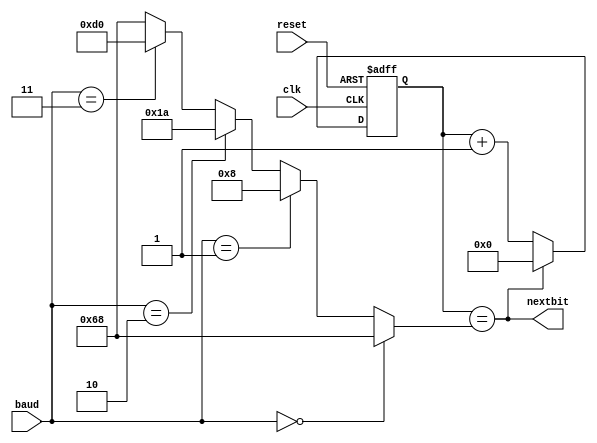
//module timer (baud,nextbit, reset, clk);
module timer (baud,nextbit, reset, clk);
input clk, reset;
input [2:0] baud;
output nextbit;
wire [7:0] baud_counter;
reg [19:0]counter;

assign baud_counter = (baud==3'b000)?8'b01101000:                   //9600
								      (baud==3'b001)?8'b00001000:                   //115200
								      (baud==3'b010)?8'b00011010:                   //38400
								      (baud==3'b011)?8'b11010000:8'b01101000;       // 4800

always @(posedge clk or posedge reset)
begin
	if (reset)
		counter <= 'h0;
	else if (counter == baud_counter)
		counter <= 'h0;
	else
	  counter <= counter + 1;
end

assign nextbit = (counter == baud_counter);

endmodule